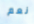
نعم